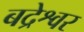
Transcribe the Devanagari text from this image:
बद्रेश्वर